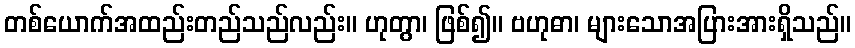
တစ်ယောက်အထည်းတည်သည်လည်း။ ဟုတွာ၊ ဖြစ်၍။ ဗဟုဓာ၊ များသောအပြားအားရှိသည်။